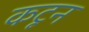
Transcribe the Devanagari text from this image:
कटून